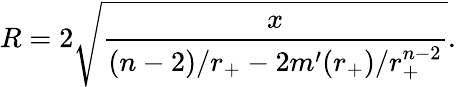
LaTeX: R=2\sqrt{\frac{x}{(n-2)/r_{+}-2m^{\prime}(r_{+})/r_{+}^{n-2}}}.